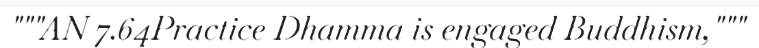
"""AN 7.64Practice Dhamma is engaged Buddhism,"""